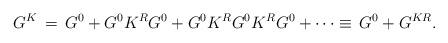
LaTeX: \begin{align*}G^K\,=\,G^0+G^0K^RG^0+G^0K^RG^0K^RG^0+\cdots\equiv\,G^0+G^{KR}.\end{align*}